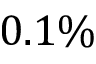
0 . 1 \%